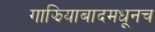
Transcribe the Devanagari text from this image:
गाझियाबादमधूनच